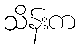
သိန်းက